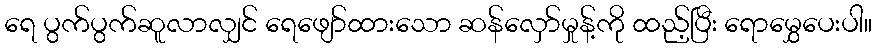
ရေ ပွက်ပွက်ဆူလာလျှင် ရေဖျော်ထားသော ဆန်လှော်မှုန့်ကို ထည့်ပြီး ရောမွှေပေးပါ။